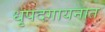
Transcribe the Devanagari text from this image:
धृपदगायनात